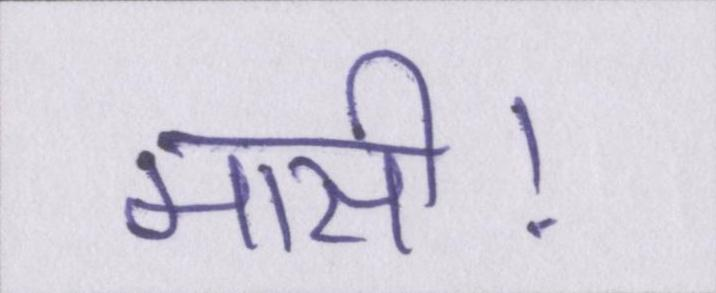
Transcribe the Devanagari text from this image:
मासी।